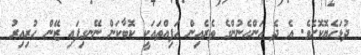
ދުޅަހެޔޮކޮށެވެ. އެ ދެ އަންހެނުންގެ ތެރެއިން ހަފިއްތައަކީ ކޮބާކަން ނޭނގިފައި ޒޭން ހުރިއިރު